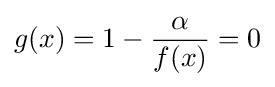
g(x)=1-{\frac {\alpha }{f(x)}}=0